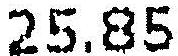
25.85